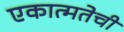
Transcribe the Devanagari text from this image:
एकात्मतेची